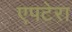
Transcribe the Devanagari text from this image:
एपटेरा